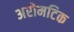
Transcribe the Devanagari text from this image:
अरोमटिक